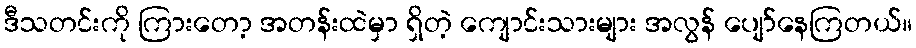
ဒီသတင်းကို ကြားတော့ အတန်းထဲမှာ ရှိတဲ့ ကျောင်းသားများ အလွန် ပျော်နေကြတယ်။